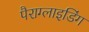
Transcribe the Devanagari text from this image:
पैराग्‍लाइडिंग